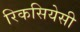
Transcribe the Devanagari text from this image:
रिकसियेसी